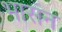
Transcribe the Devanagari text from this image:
भासन